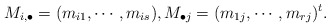
\begin{align*}M_{i,\bullet} = (m_{i1},\cdots, m_{is}), M_{\bullet j} = (m_{1j},\cdots, m_{rj})^t.\end{align*}